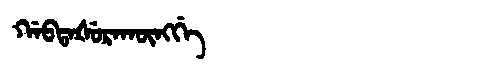
Manchu: ᡤᠠᠪᡨᠠᡧᡠᡵᠠᡴᡡᠩᡤᡝ
Romanization: GABTAŠURAKŪNGGE